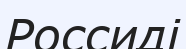
Россиді